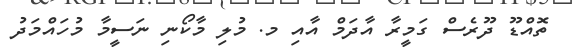
ތޮއްޑޫ ދޫރެސް ގަމީރާ އާދަމް އާއި މ. މުލި މާކޯނި ނަސީމާ މުހައްމަދު